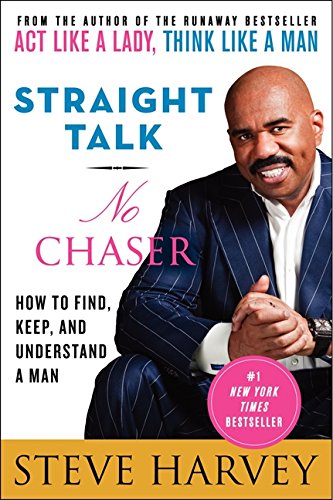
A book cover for Straight Talk, No Chaser: How to Find, Keep, and Understand a Man; Steve Harvey; Self-Help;